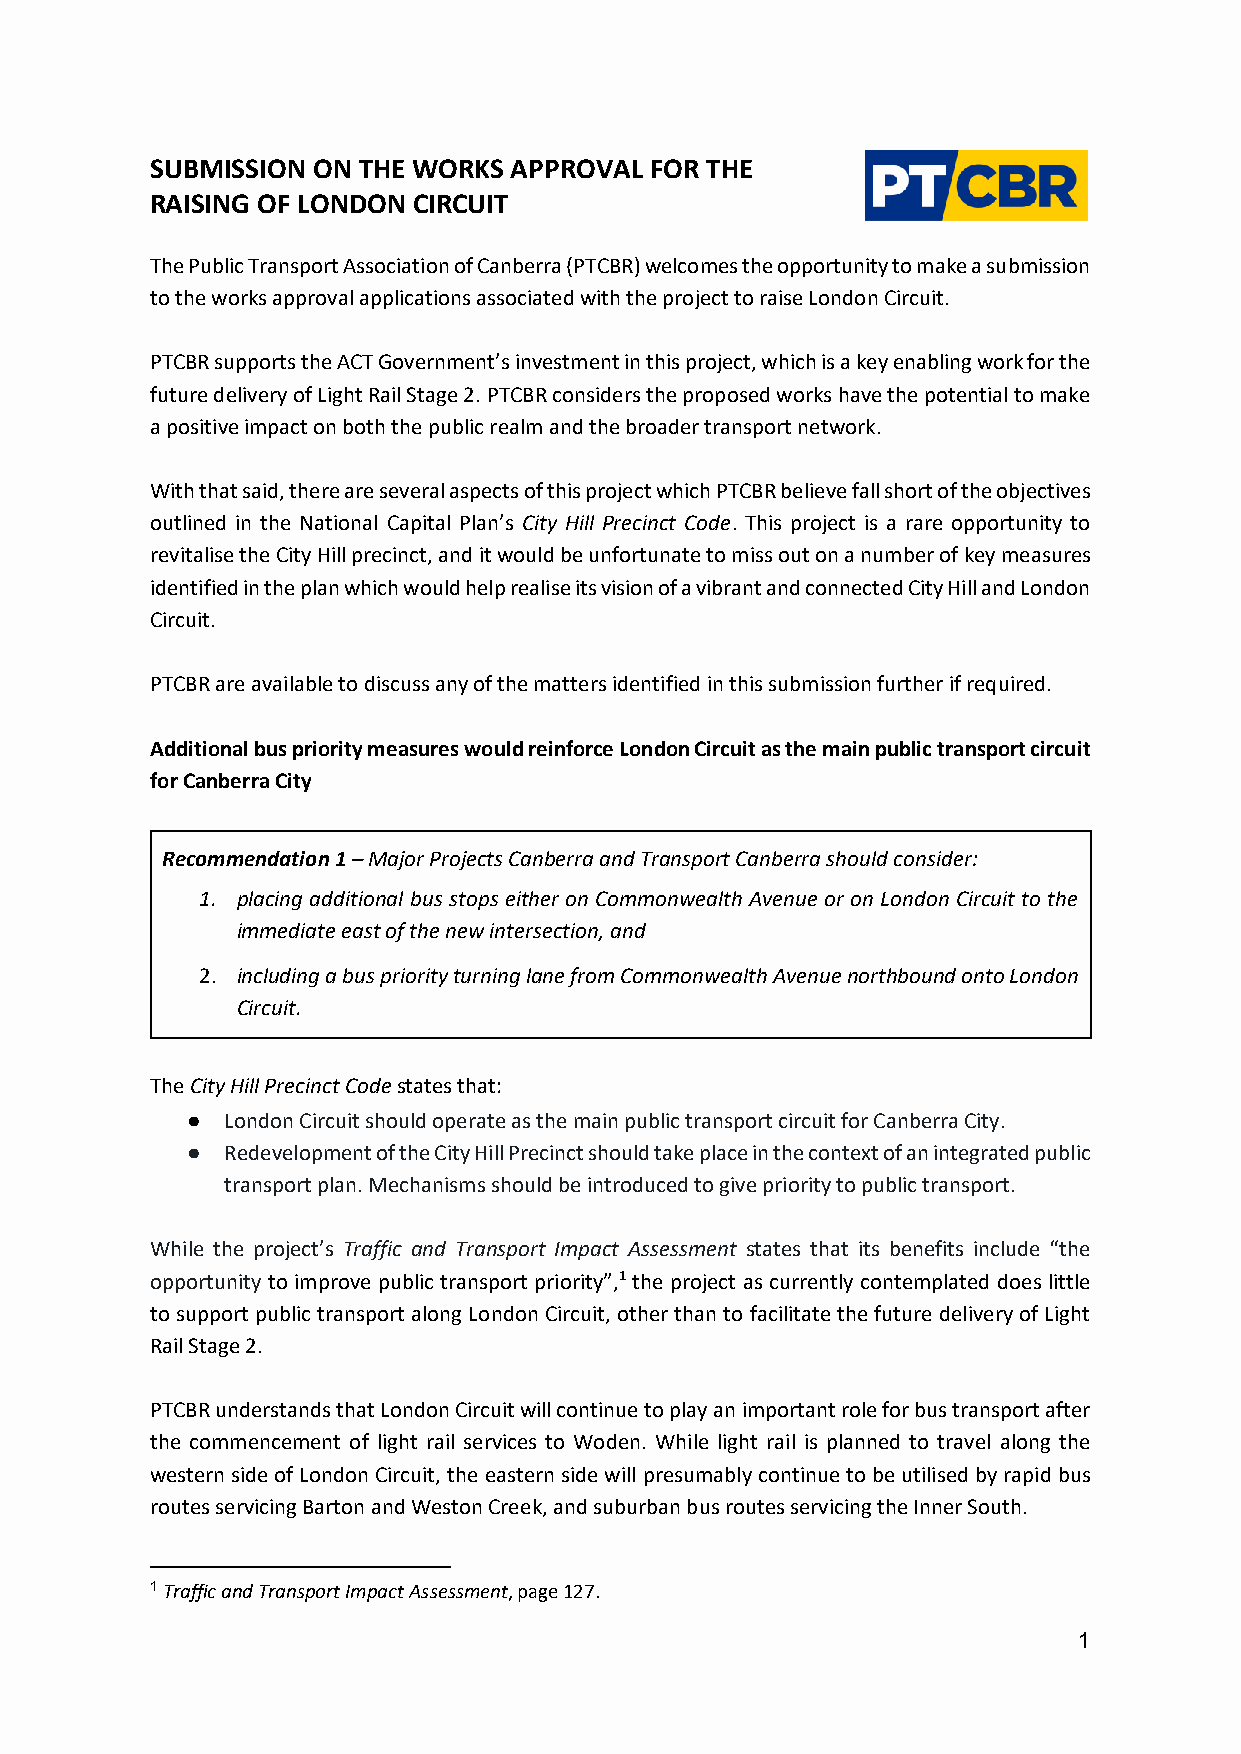
SUBMISSION ON THE WORKS APPROVAL FOR THE
 RAISING OF LONDON CIRCUIT
 The Public Transport Association of Canberra (PTCBR) welcomes the opportunity to make a submission
 to the works approval applications associated with the project to raise London Circuit.
 PTCBR supports the ACT Government’s investment in this project, which is a key enabling work for the
 future delivery of Light Rail Stage 2. PTCBR considers the proposed works have the potential to make
 a positive impact on both the public realm and the broader transport network.
 With that said, there are several aspects of this project which PTCBR believe fall short of the objectives
 outlined in the National Capital Plan’s City Hill Precinct Code. This project is a rare opportunity to
 revitalise the City Hill precinct, and it would be unfortunate to miss out on a number of key measures
 identified in the plan which would help realise its vision of a vibrant and connected City Hill and London
 Circuit.
 PTCBR are available to discuss any of the matters identified in this submission further if required.
 Additional bus priority measures would reinforce London Circuit as the main public transport circuit
 for Canberra City
 Recommendation 1 – Major Projects Canberra and Transport Canberra should consider:
 1. placing additional bus stops either on Commonwealth Avenue or on London Circuit to the
 immediate east of the new intersection, and
 2. including a bus priority turning lane from Commonwealth Avenue northbound onto London
 Circuit.
 The City Hill Precinct Code states that:
 ●  London Circuit should operate as the main public transport circuit for Canberra City.
 ●  Redevelopment of the City Hill Precinct should take place in the context of an integrated public
 transport plan. Mechanisms should be introduced to give priority to public transport.
 While the project’s Traffic and Transport Impact Assessment states that its benefits include “the
 opportunity to improve public transport priority”,1 the project as currently contemplated does little
 to support public transport along London Circuit, other than to facilitate the future delivery of Light
 Rail Stage 2.
 PTCBR understands that London Circuit will continue to play an important role for bus transport after
 the commencement of light rail services to Woden. While light rail is planned to travel along the
 western side of London Circuit, the eastern side will presumably continue to be utilised by rapid bus
 routes servicing Barton and Weston Creek, and suburban bus routes servicing the Inner South.
 1 Traffic and Transport Impact Assessment, page 127.
 1